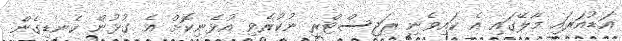
އަޑުއަރައި މާލޭގައި އެ ކައިވެނި ރަޖިސްޓްރީ ނުކުރެވި އުޅެނިކޮށް އެ ގުޅުން ކެނޑިގެން